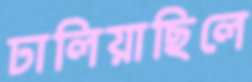
ঢালিয়াছিলে